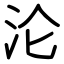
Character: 沦